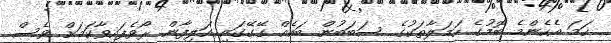
ހަމަ އެހެންމެ ބޮމުގެ ހަމަލާތަކުގެ ސަބަބުން ބައެއް ގޭގޭގައި އަލިފާން ރޯވެފައިވާކަމަށް ވެސް